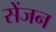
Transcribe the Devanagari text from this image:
सेंजन